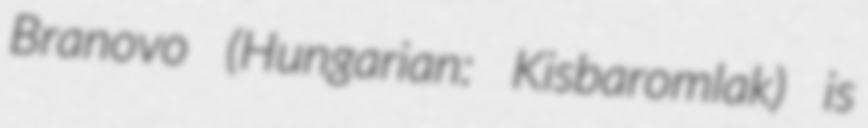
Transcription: Branovo (Hungarian: Kisbaromlak) is